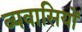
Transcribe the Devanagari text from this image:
व्यवासियों